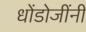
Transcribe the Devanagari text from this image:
धोंडोजींनी